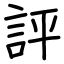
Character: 評